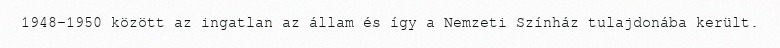
1948–1950 között az ingatlan az állam és így a Nemzeti Színház tulajdonába került.